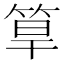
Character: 筸